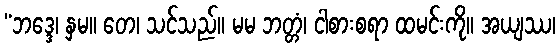
“ဘဒ္ဒေ၊ နှမ။ တေ၊ သင်သည်။ မမ ဘတ္တံ၊ ငါစားစရာ ထမင်းကို။ အယျဿ၊